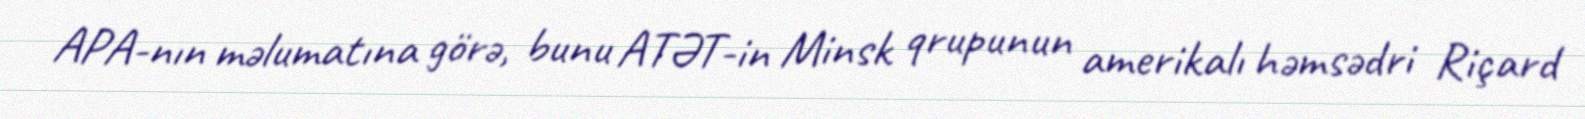
APA-nın məlumatına görə, bunu ATƏT-in Minsk qrupunun amerikalı həmsədri Riçard